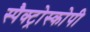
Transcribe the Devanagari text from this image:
स्पैक्ट्रोस्कोपी